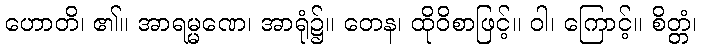
ဟောတိ၊ ၏။ အာရမ္မဏေ၊ အာရုံ၌။ တေန၊ ထိုဝိစာဖြင့်။ ဝါ၊ ကြောင့်။ စိတ္တံ၊